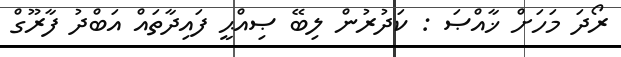
ރޯދަ މަހަށް ޚާއްޞަ : ކަދުރުން ލިބޭ ޞިއްޙީ ފައިދާތައް އަބްދު ފާރޫގް